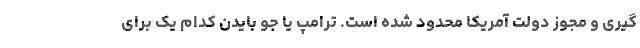
گیری و مجوز دولت آمریکا محدود شده است. ترامپ یا جو بایدن کدام یک برای